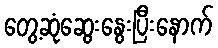
တွေ့ဆုံဆွေးနွေးပြီးနောက်